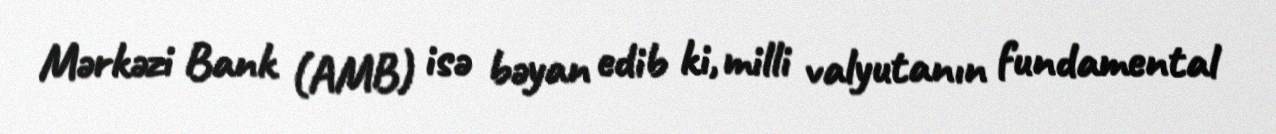
Mərkəzi Bank (AMB) isə bəyan edib ki, milli valyutanın fundamental